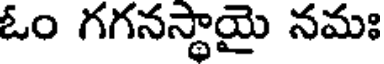
ఓం గగనస్థాయై నమః